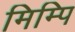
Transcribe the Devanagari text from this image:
मिम्पि